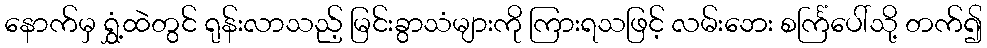
နောက်မှ ရွှံ့ထဲတွင် ရုန်းလာသည့် မြင်းခွာသံများကို ကြားရသဖြင့် လမ်းဘေး စင်္ကြံပေါ်သို့ တက်၍